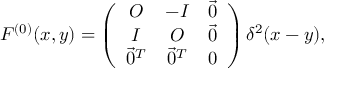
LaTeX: F ^ { ( 0 ) } ( x , y ) = \left( \begin{array} { c c c } { { O } } & { { - I } } & { { \vec { 0 } } } \\ { { I } } & { { O } } & { { \vec { 0 } } } \\ { { \vec { 0 } ^ { T } } } & { { \vec { 0 } ^ { T } } } & { { 0 } } \end{array} \right) \delta ^ { 2 } ( x - y ) ,